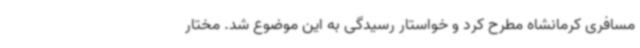
مسافری کرمانشاه مطرح کرد و خواستار رسیدگی به این موضوع شد. مختار